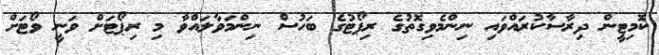
ކޮމިޓީން ދިރާސާކުރައްވައި ނިންމެވިގޮތުގެ ރިޕޯޓުގެ ބަހުސް ނިންމަވާލައްވާ މި ރިޕޯޓަށް ވަނީ ވޯޓަށް